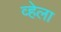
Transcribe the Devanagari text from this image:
व्हेला